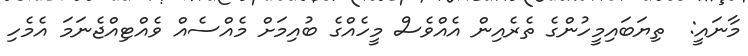
މާނައީ:  ތިޔަބައިމީހުންގެ ތެރެއިން އެއްވެސް މީހެއްގެ ބުއިމަށް މެއްސެއް ވެއްޓިއްޖެނަމަ އެމެހި